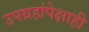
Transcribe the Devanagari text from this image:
उपग्रहांपेक्षाही